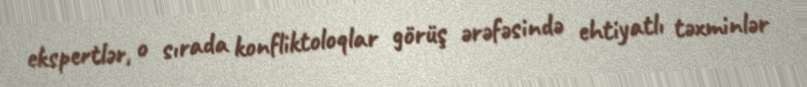
ekspertlər, o sırada konfliktoloqlar görüş ərəfəsində ehtiyatlı təxminlər